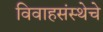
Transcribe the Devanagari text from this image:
विवाहसंस्थेचे